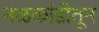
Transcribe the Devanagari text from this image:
नळकांडीतून